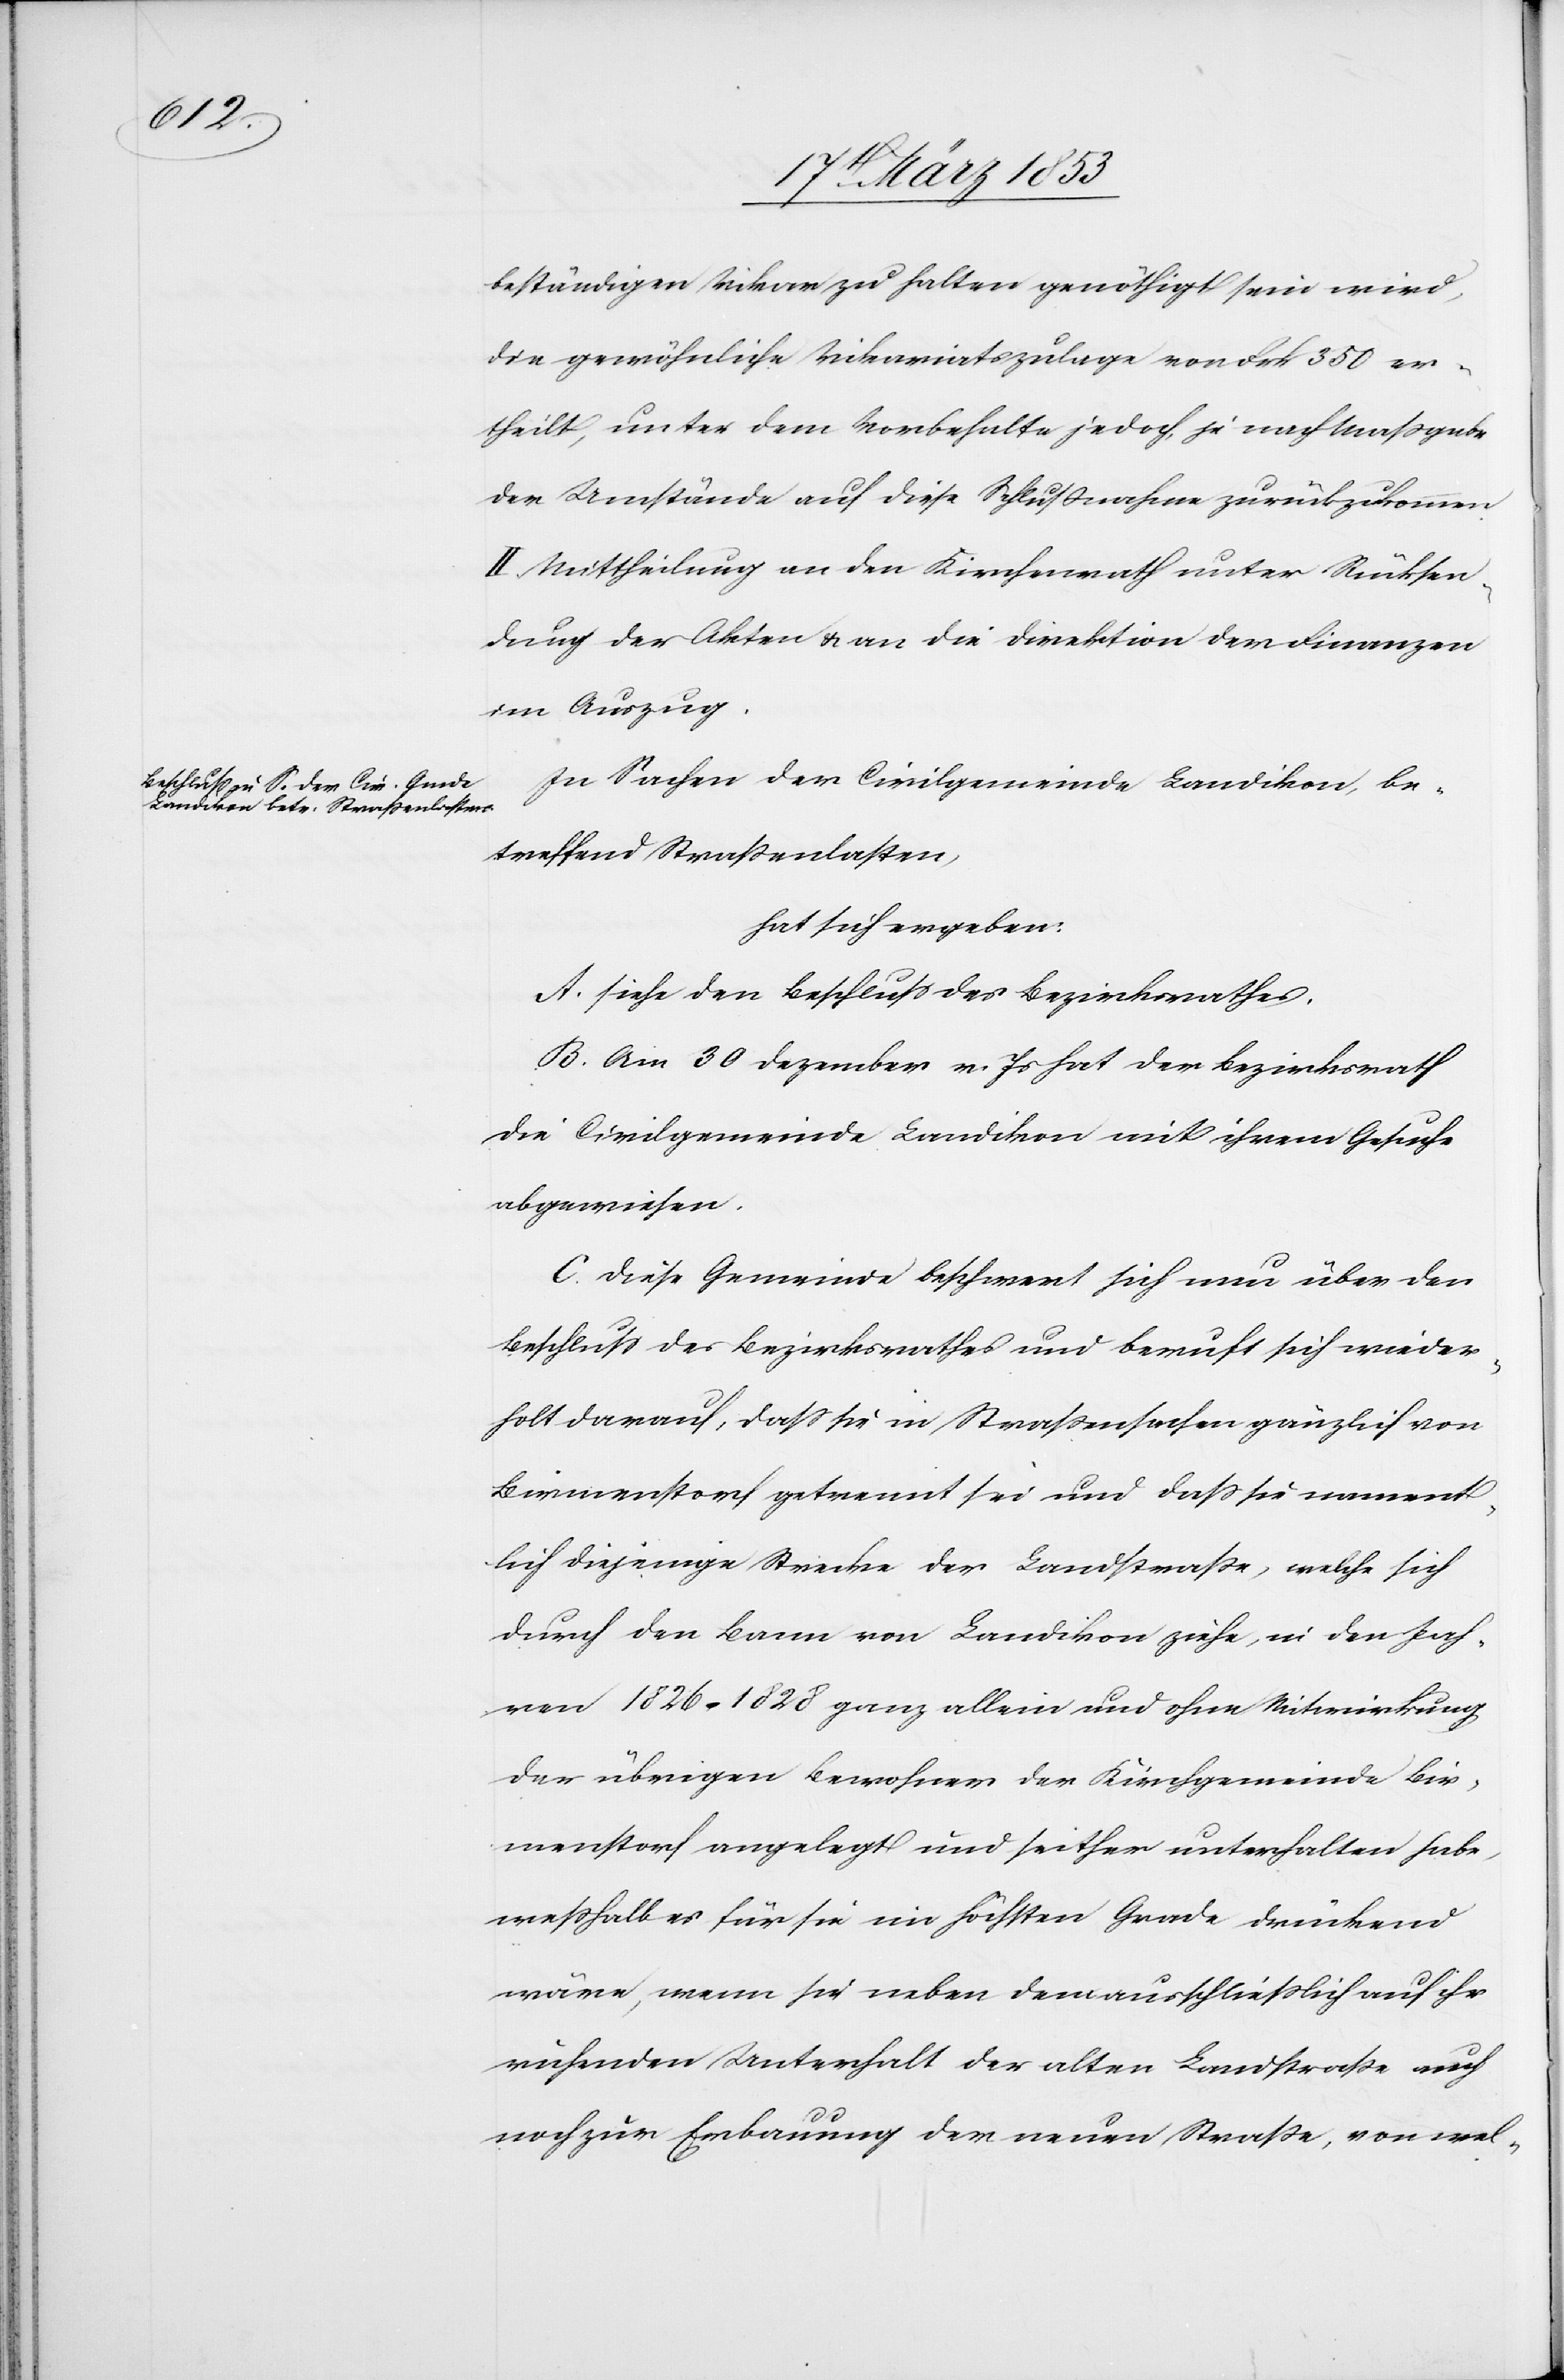
beständigen Vikar zu halten genöthigt sein wird,
die gewöhnliche Vikariatszulage von Frk. 350 er¬
theilt, unter dem Vorbehalte jedoch, je nach Maßgabe
der Umstände auf diese Schlußnahme zurückzukommen.
II. Mittheilung an den Kirchenrath unter Rücksen¬
dung der Akten u. an die Direktion der Finanzen
im Auszug.
In Sachen der Civilgemeinde Landikon, be¬
treffend Straßenlasten,
hat sich ergeben:
siehe den Beschluß des Bezirksrathes.
Am 30 Dezember v. Js. hat der Bezirksrath
die Civilgemeinde Landikon mit ihrem Gesuch
abgewiesen.
Diese Gemeinde beschwert sich nun über den
Beschluß des Bezirksrathes und beruft sich wieder¬
holt darauf, daß sie in Straßenssachen gänzlich von
Birmenstorf getrennt sei und daß sie nament¬
lich diejenige Strecke der Landstraße, welche sich
durch den Bann von Landikon ziehe, in den Jah¬
ren 1826–1828 ganz allein und ohne Mitwirkung
der übrigen Bewohner der Kirchgemeinde Bir¬
menstorf angelegt und seither unterhalten habe,
weßhalb es für sie im höchsten Grade drückend
wäre, wenn sie neben dem ausschließlich auf ihr
rührenden Unterhalt der alten Landstraße auch
noch zur Erbauung der neuen Straße, von wel-